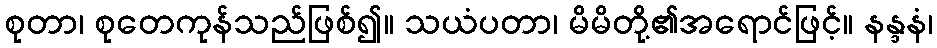
စုတာ၊ စုတေကုန်သည်ဖြစ်၍။ သယံပတာ၊ မိမိတို့၏အရောင်ဖြင့်။ နန္ဒနံ၊